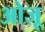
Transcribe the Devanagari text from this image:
ओजू